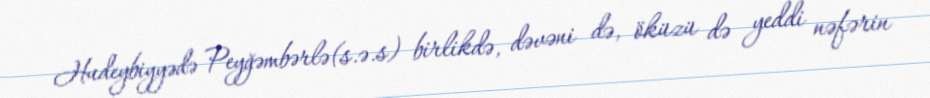
Hudeybiyyədə Peyğəmbərlə(s.ə.s) birlikdə, dəvəni də, öküzü də yeddi nəfərin